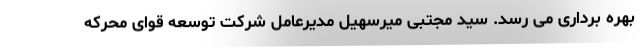
بهره برداری می رسد. سید مجتبی میرسهیل مدیرعامل شرکت توسعه قوای محرکه